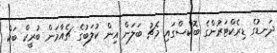
ދަނޑުގެ ޑިރެކްޓަރުންގެ ބޮކްސްގައި މެޗު ބަލަން އިން ކުލަބުގެ ޗެއާމަން ބުރީކް ބަކް